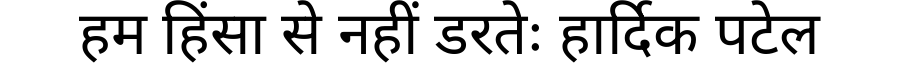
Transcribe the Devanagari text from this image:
हम हिंसा से नहीं डरतेः हार्दिक पटेल